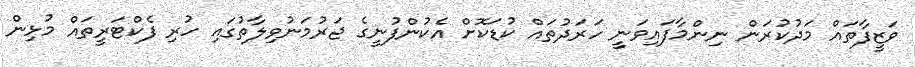
ވަޒީފާތައް މަދުކުރަން ނިންމާފައިވަނީ ހަރަދުތައް ކުޑަކޮށް އެކުންފުނީގެ ޖަރުމަނުވިލާތުގައި ހުރި ފެކްޓަރީތައް މުޅިން